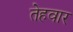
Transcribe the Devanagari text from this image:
तेहवार